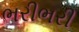
ભરીભરી